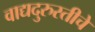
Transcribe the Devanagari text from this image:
वाद्यदुरुस्तीचे